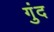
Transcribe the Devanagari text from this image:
गुंद